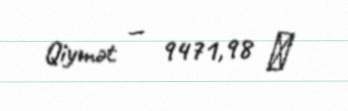
Qiymət — 9471,98 ₼